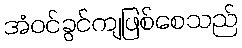
အံဝင်ခွင်ကျဖြစ်စေသည်